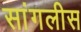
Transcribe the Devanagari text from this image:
सांगलीस